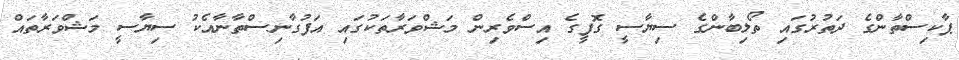
ޕާކިސްތާންގެ ދަތުރުގައި ތޯލިބާންގެ ސިޔާސީ ގޮފީގެ އިސްވެރިން މަޝްވަރާތަކުގައި އަފުގާނިސްތާނާއެކު ސިޔާސީ މަޝްވަރާތައް